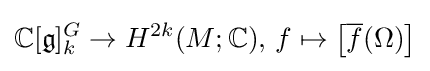
\mathbb {C} [{\mathfrak {g}}]_{k}^{G}\to H^{2k}(M;\mathbb {C} ),\,f\mapsto \left[{\overline {f}}(\Omega )\right]